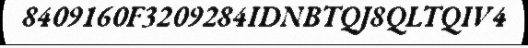
8409160F3209284IDNBTQJ8QLTQIV4